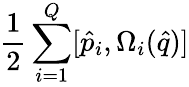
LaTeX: \frac{1}{2}\sum_{i=1}^{Q}[\hat{{p}}_{i},\Omega_{i}(\hat{q})]